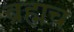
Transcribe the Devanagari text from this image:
ब्रह्मच